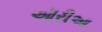
ઑરીઆ